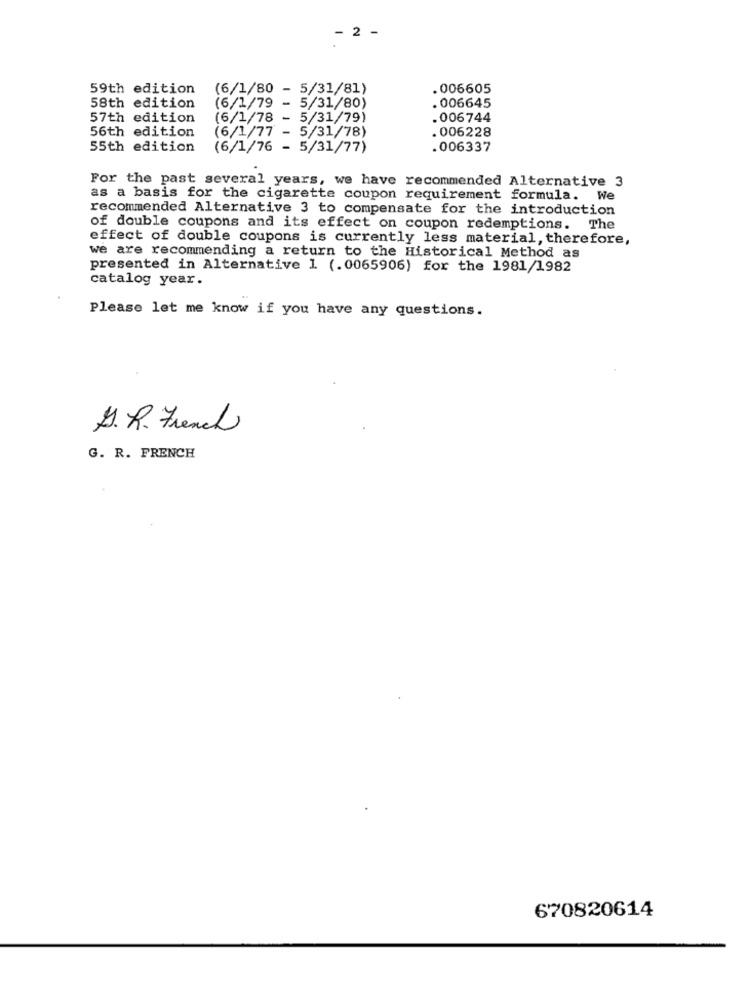
- 2 -
59th edition
(6/1/80 - 5/31/81)
. 006605
. 006645
58th edition
(6/1/79 - 5/31/80)
57th edition
(6/1/78 - 5/31/79)
.006744
56th edition
. 006228
(6/1/77 - 5/31/78)
55th edition
(6/1/76 - 5/31/77)
.006337
For the past several years, we have recommended Alternative 3
as a basis for the cigarette coupon requirement formula. We
recommended Alternative 3 to compensate for the introduction
of double coupons and its effect on coupon redemptions. The
effect of double coupons is currently less material, therefore,
we are recommending a return to the Historical Method as
presented in Alternative 1 (.0065906) for the 1981/1982
catalog year.
Please let me know if you have any questions.
S.R. French
G. R. FRENCH
670820614